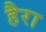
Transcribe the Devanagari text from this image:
हैरा